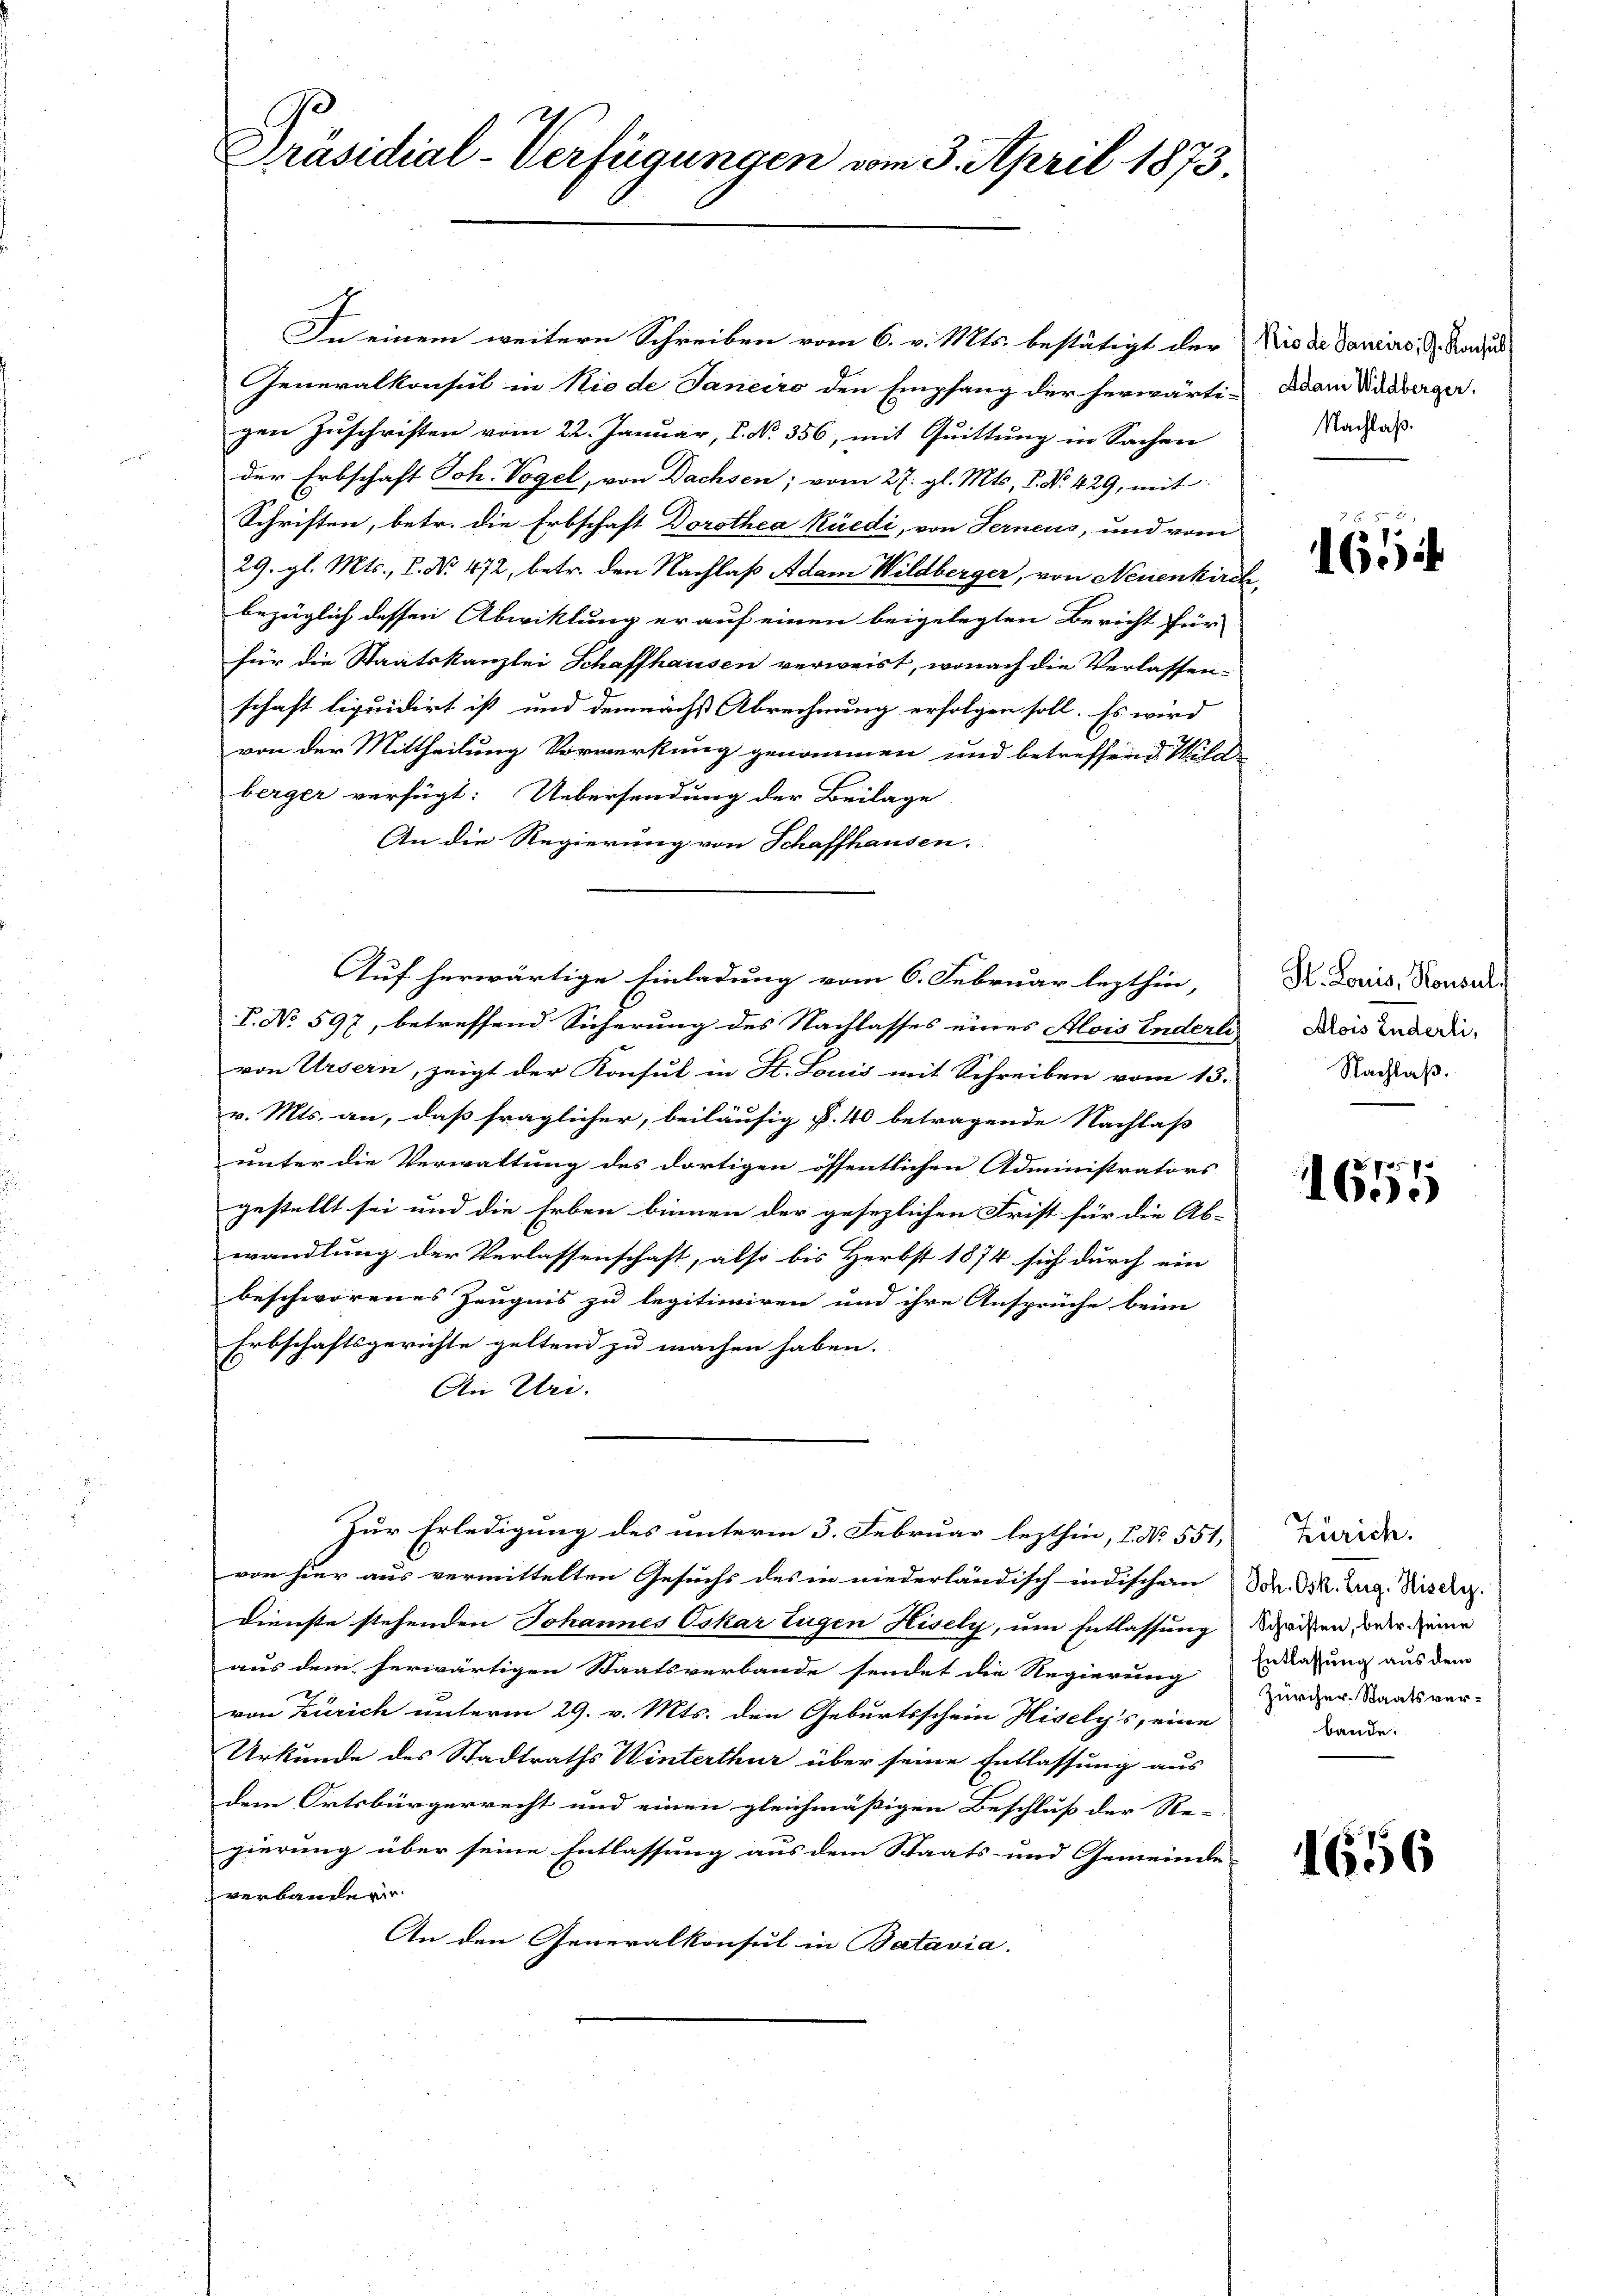
Präsidial-Verfügungen vom 3. April 1873.

In einem weitern Schreiben vom 6. v. Mts. bestätigt der
Generalkonsul in Niede Janeiro den Empfang der herwärti-
gen Zuschriften vom 22. Januar, S. No. 356, mit Quittung in Sachen
der Erbschaft Joh. Vogel, von Dachsen; vom 27. gl. Mts. S. Nr. 429, mit
Schriften, betr. die Erbschaft Dorothea Rüedi, von Ferneus, und vom
29. gl. Mts., C. No 472, betr. den Nachlaß Adam Wildberger, von Neuenkirch
bezüglich dessen Abwicklung er auf einen beigelegten Bericht für
für die Staatskanzlei Schaffhausen verweist, wonach die Verlassen-
schaft liquidirt ist und demnächst Abrechnung erfolgen soll. Es wird
von der Mittheilung Vormerkung genommen und betreffend Wildberger verfügt: Uebersendung der Beilage
An die Regierung von Schaffhausen.
V. No 597, betreffend Sicherung des Nachlasses eines Alois Enderli
von Ursern, zeigt der Konsul in St. Louis mit Schreiben vom 13.
v. Mts. an, daß fraglicher, beiläufig §. 40 betragende Nachlaß
unter die Verwaltung des dortigen öffentlichen Administrators
gestellt sei und die Erben binnen der gesezlichen Frist für die Ab-
wandlung der Verlassenschaft, also bis Herbst 1874 sich durch ein
beschworenes Zeugnis zu legitimiren und ihre Ansprüche beim
Erbschaftsgerichte geltend zu machen haben.
An Uri.
Zur Erledigung des unterm 3. Februar lezthin, I. No. 551,
von hier aus vermittelten Gesuchs des in niederländisch-indischen Dr. Dr. Zug. Riser.
Dienste stehenden Johannes Oskar Eugen Hisely, um Entlassung
aus dem herwärtigen Staatsverbande sendet die Regierung
von Zürich unterm 29. v. Mts. den Geburtsschein Hisely’s, eine
Urkunde des Stadtraths Winterthur über seine Entlassung aus
dem Ortsbürgerrecht und einen gleichmässigen Beschluss der Re- |
gierung über seine Entlassung aus dem Staats- und Gemeinde-
verbandere
An den Generalkonsul in Batavia.

Auf herwärtige Einladung vom 6. Februar lezthin,

Rio de Sancirs, G. Konsul
Adam Wildberger.
Nachlaß.

1654

H. Louis, Konsul,
Alois Enderli,
Nachlaß.

1600

Zürich.
Schriften, betr. seine
Entlassung aus dem
Zürcher-Staatsverbande.

1656